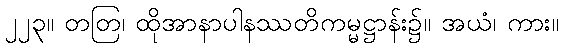
၂၂၃။ တတြ၊ ထိုအာနာပါနဿတိကမ္မဋ္ဌာန်း၌။ အယံ၊ ကား။